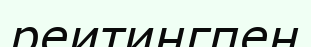
реитингпен